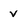
Character: v